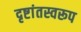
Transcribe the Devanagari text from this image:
दृष्टांतस्वरूप